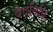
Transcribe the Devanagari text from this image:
वेदविधि